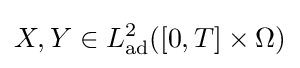
X,Y\in L_{\mathrm {ad} }^{2}([0,T]\times \Omega )